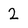
Character: 2